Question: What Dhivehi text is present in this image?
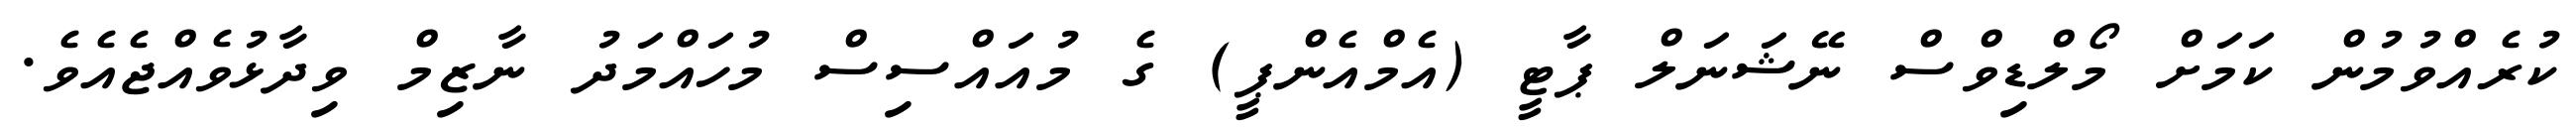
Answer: ކުރެއްވުމުން ކަމަށް މޯލްޑިވްސް ނޭޝަނަލް ޕާޓީ (އެމްއެންޕީ) ގެ މުއައްސިސް މުހައްމަދު ނާޒިމް ވިދާޅުވެއްޖެއެވެ.